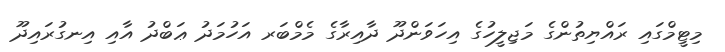
މިޓީމްގައި ރައްޔިތުންގެ މަޖިލީހުގެ އިހަވަންދޫ ދާއިރާގެ މެމްބަރ އަހުމަދު ޢަބްދު އާއި އިނގުރައިދޫ